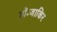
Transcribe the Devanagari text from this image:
डॉ॰जाकिर